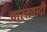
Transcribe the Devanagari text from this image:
वास्तवादी